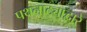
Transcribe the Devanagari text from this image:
पथनाट्याद्वारे